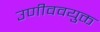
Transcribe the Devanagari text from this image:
उणीववयुक्त